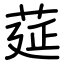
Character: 莚